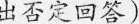
出否定回答)